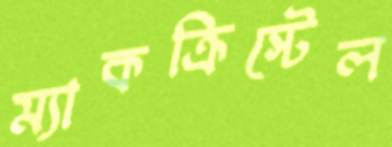
ম্যাকক্রিস্টেল